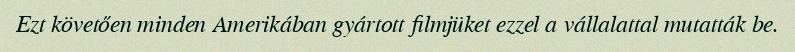
Ezt követően minden Amerikában gyártott filmjüket ezzel a vállalattal mutatták be.